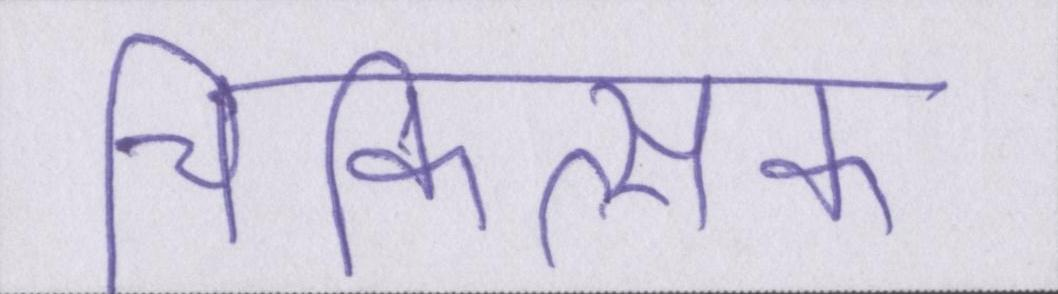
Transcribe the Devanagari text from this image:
चिकित्सक